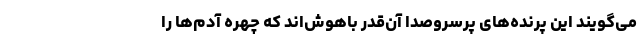
می‌گویند این پرنده‌های پرسروصدا آن‌قدر باهوش‌اند که چهره آدم‌ها را